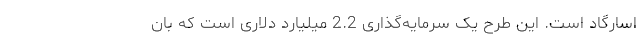
اسارگاد است. این طرح یک سرمایه‌گذاری 2.2 میلیارد دلاری است که بان